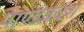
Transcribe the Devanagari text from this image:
पाण्डववंश